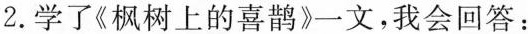
2.学了《枫树上的喜鹊》一文，我会回答：